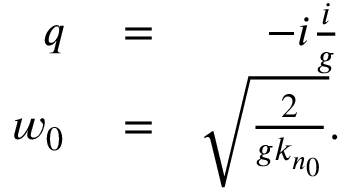
\begin{array} { r l r } { q } & { { } = } & { - i \frac { i } { g } } \\ { w _ { 0 } } & { { } = } & { \sqrt { \frac { 2 } { g k _ { n _ { 0 } } } } . } \end{array}